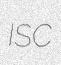
ISC